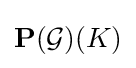
\mathbf {P} ({\mathcal {G}})(K)